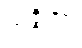
သဇ္ဇိတာ